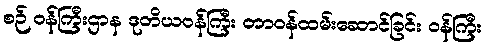
စဉ် ဝန်ကြီးဌာန ဒုတိယဝန်ကြီး တာဝန်ထမ်းဆောင်ခြင်း ဝန်ကြီး